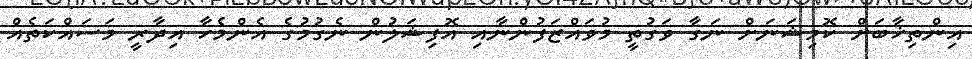
އިންތިޚާބަށް ކޮމިޝަނަށް ނަގާ ވަގުތީ މުވައްޒަފުންނާއި އޮފިޝަލުން ނެގުމުގެ އެންމެހާ އިދާރީ މަސައްކަތެއް